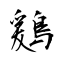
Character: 鶢